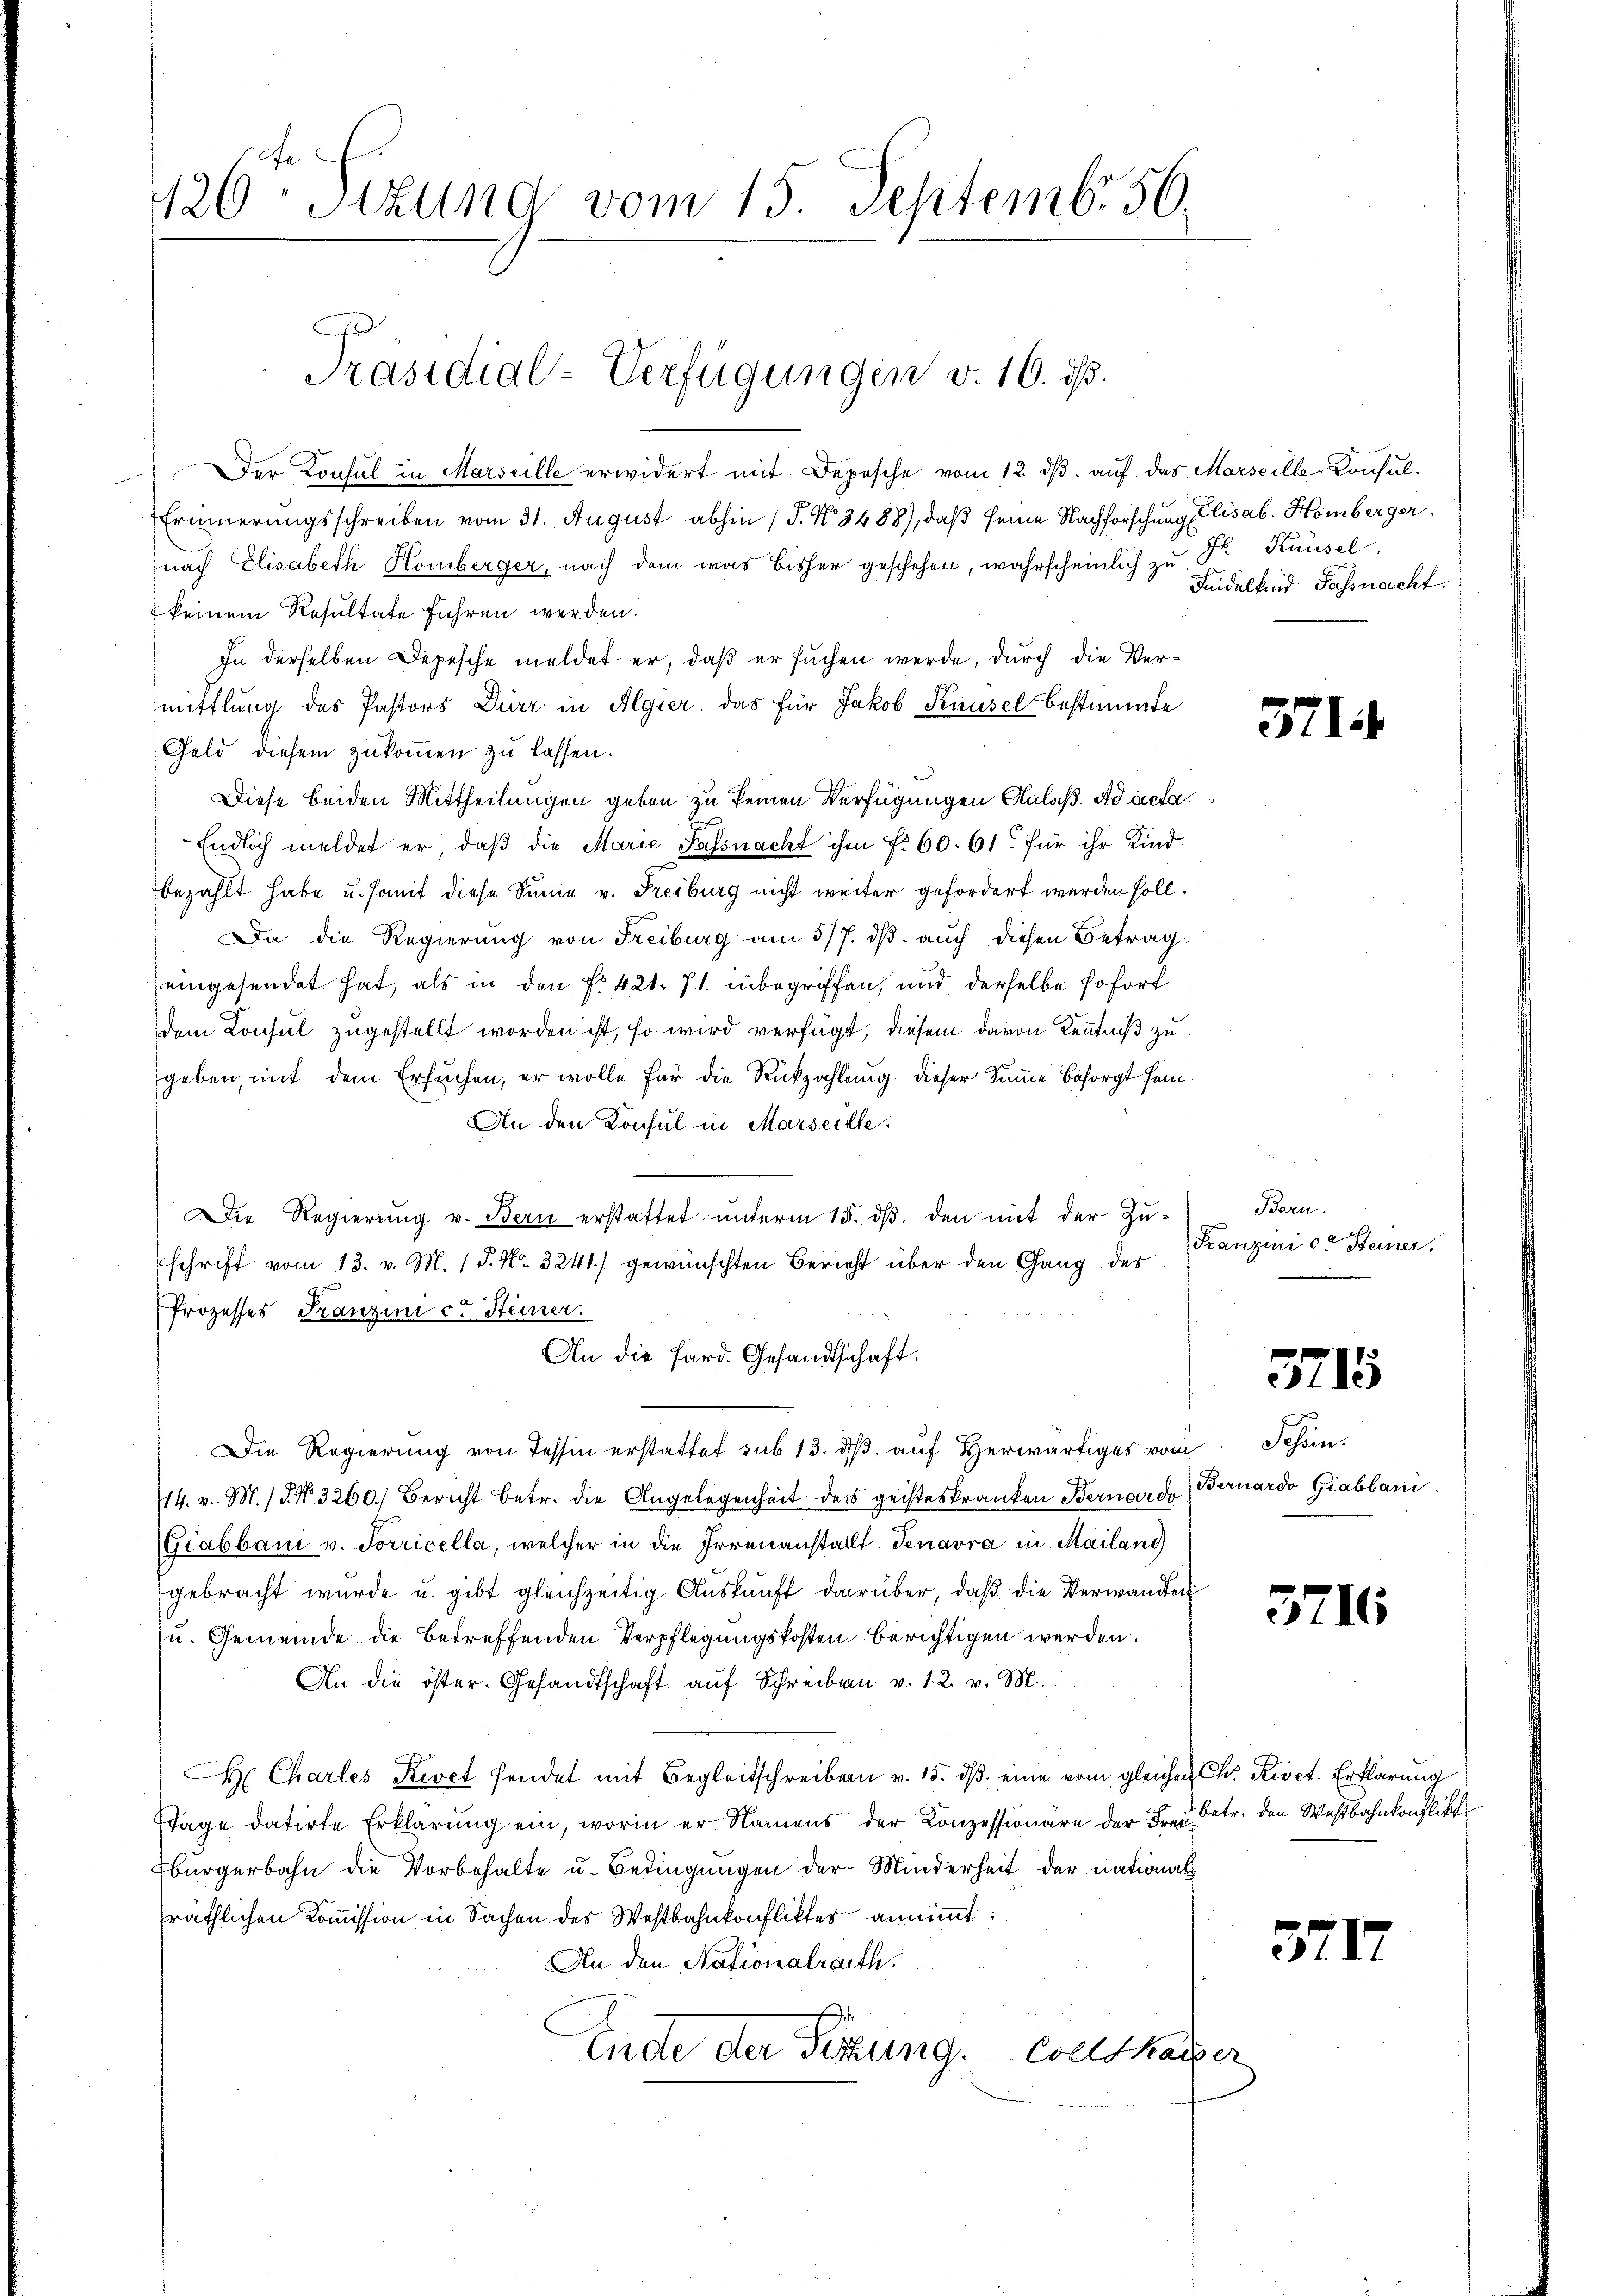
1126 Sitzung vom 15. Septembr 56.

Präsidial-Verfügungen v. 16. ds.

Der Konsul in Marseille erwidert mit Depesche vom 12. dβ. auf das Marseille Konsul¬
Erinnerungsschreiben vom 31. August abhin (§. No. 3488), daß seine Nachforschung Elisab. Homberger
nach Elisabeth Homberger, nach dem was bisher geschehen, wahrscheinlich zŭ Fr. Knüsel
keinem Resultate führen werden.
In derselben Depesche meldet er, daß er suchen werde, durch die Vermittlung des Pastors Dürr in Algier, das für Jakob Knüsel bestimmte
Geld diesem zukommen zu lassen.
Diese beiden Mittheilungen geben zu keinen Verfügungen Anlaß. Ad acta.
Endlich meldet er, daß die Marie Sassnacht ihm fr. 60. 61 für ihr Kind
bezahlt habe u. somit diese Summe v. Freiburg nicht weiter gefordert werden soll.
Da die Regierung von Freiburg am 5/7. ds. auch diesen Betrag
eingesendet hat, als in den f. 421. 71. inbegriffen, und derselbe sofort
dem Consul zugestellt worden ist, so wird verfügt, diesem davon Kenntniß zu
geben, mit dem Ersuchen, er wolle für die Rückzahlung dieser Sinne besorgt sein.
An den Konsul in Marseille.
Die Regierung v. Bern erstattet unterm 15. dß. den mit der Zu-
schrift vom 13. v. M. 1 P. Nr. 3241) gewünschten Bericht über den Gang des
Prozesses Franzinica Steiner
An die Sard. Gesandtschaft.
Die Regierung von Tessin erstattet sub 13. ds. auf Herwärtiges vom Schön
714. v. M. J. No. 3260.) Bericht betr. die Angelegenheit des geisteskranken Bernardo
Giabbani v. Sorricella, welcher in die Irrenanstallt Tenavra in Mailang
gebracht wurde u. gibt gleichzeitig Auskunft darüber, daß die Verwandten
u. Gemeinde die betreffenden Verpflegungskosten berichtigen werden.
An die öster. Gesandtschaft aŭf Schreiben v. 1. 2. v. M.
 Chartes Kevet sendet mit Begleitschreiben v. 15. dβ eine vom gleichen Ch. Rivet. Erklärung
Wage datirte Erklärung ein, worin er Namens der Konzessionare der Fr. Betr. den Westbahnkonflikt
Bürgerbahn die Vorbehalte u. Bedingungen der Minderheit der national
sräthlichen Kommission in Sachen des Westbahnkonflikter annimmt:
An den Nationalrath.
Ende der Sitzung. Sollharzer

Feidelkind Passnacht

371.

Bern.
Franzini et Steiner.

3715

Bernardo Giabbani

5716

371.